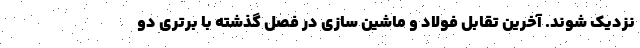
نزدیک شوند. آخرین تقابل فولاد و ماشین سازی در فصل گذشته با برتری دو